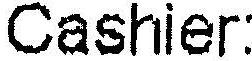
CASHIER: